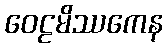
ဝေဠမိဿကေန